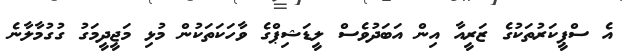
އެ ސްޕީކަރުތަކުގެ ޒަރީއާ އިން އަބަދުވެސް ލީޑަޝިޕްގެ ވާހަކަތަކުން މުޅި މަޖީދީމަގު ގުގުމާލާނެ